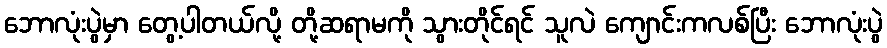
ဘောလုံးပွဲမှာ တွေ့ပါတယ်လို့ တို့ဆရာမကို သွားတိုင်ရင် သူလဲ ကျောင်းကလစ်ပြီး ဘောလုံးပွဲ